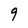
Character: 9